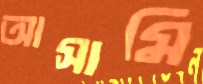
আসামি